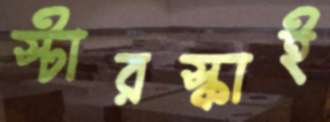
স্টারস্কাই